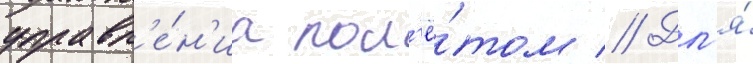
управл'е́н'иа пол'ё́том // Дл'я́